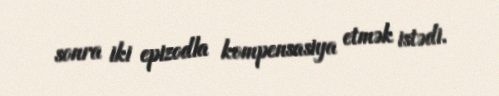
sonra iki epizodla kompensasiya etmək istədi.